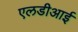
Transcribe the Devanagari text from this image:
एलडीआई